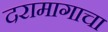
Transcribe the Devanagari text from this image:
दरामागाचा